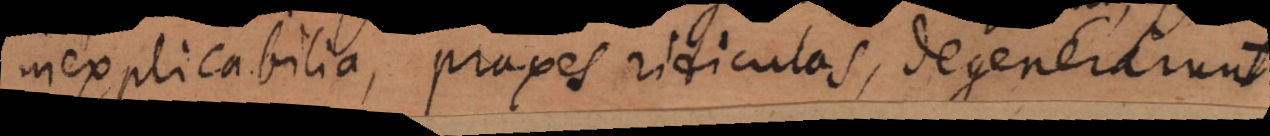
inexplicabilia, praxes ridiculas, degenerarunt.